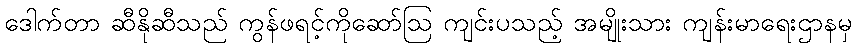
ဒေါက်တာ ဆီနိုဆီသည် ကွန်ဖရင့်ကိုဆော်ဩ ကျင်းပသည့် အမျိုးသား ကျန်းမာရေးဌာနမှ